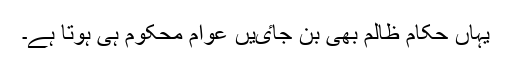
یہاں حکام ظالم بھی بن جاٸیں عوام محکوم ہی ہوتا ہے۔